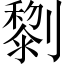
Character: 𠠍